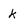
Character: k